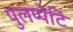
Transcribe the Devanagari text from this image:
पुलप्पेटि